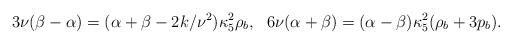
\begin{align*}3\nu(\beta-\alpha)=(\alpha+\beta -2k/\nu^2)\kappa^2_5\rho_b,~~6\nu(\alpha+\beta)=(\alpha-\beta)\kappa^2_5(\rho_b+3p_b).\end{align*}